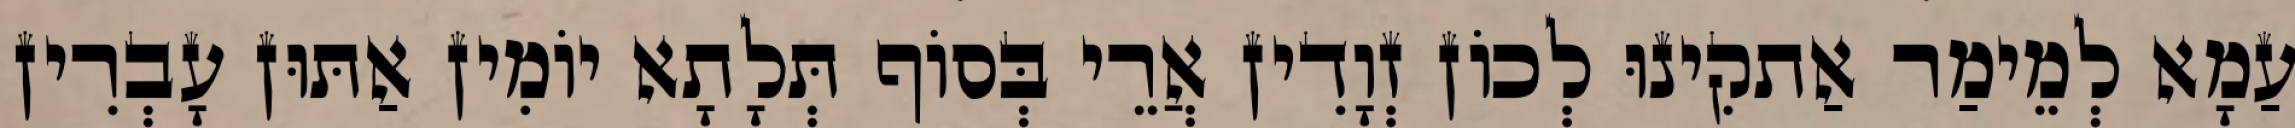
עַמָא לְמֵימַר אַתקִינוּ לְכוֹן זְוָדִין אֲרֵי בְּסוֹף תְּלָתָא יוֹמִין אַתּוּן עָבְרִין